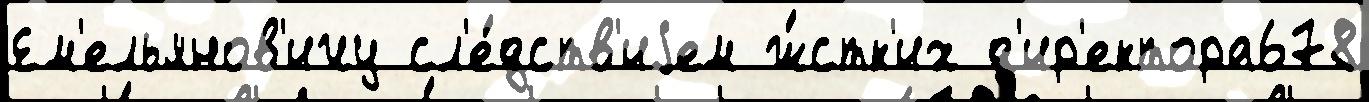
Ем'ельянов'ичу сл'е́дств'иjем ж́стк'их д'ир'ектора678